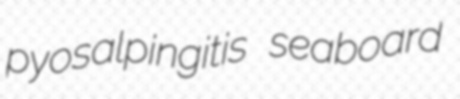
pyosalpingitis seaboard